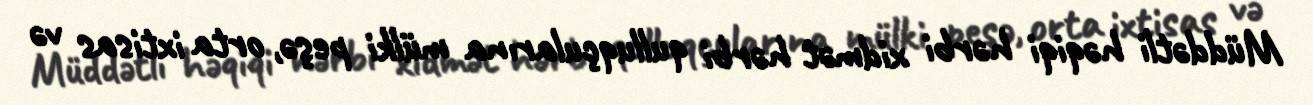
Müddətli həqiqi hərbi xidmət hərbi qulluqçularına mülki peşə, orta ixtisas və